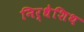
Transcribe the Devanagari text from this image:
निर्धेशिथ